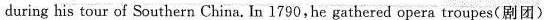
during his tour of Southern China. In 1790,he gathered opera troupes(剧团)